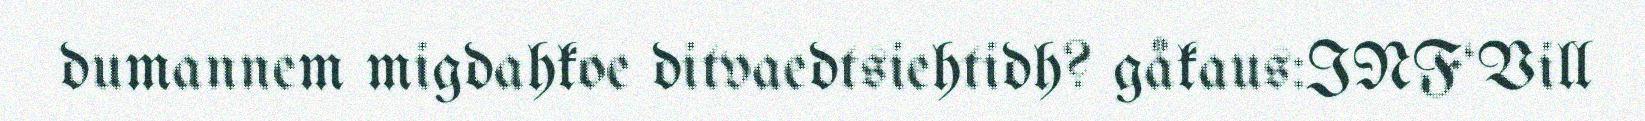
dumannem migdahkoe ditvaedtsiehtidh? gåkaus:INF‘Vill